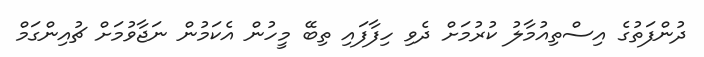
ދުންފަތުގެ އިސްތިއުމާލު ކުރުމަށް ދެވި ހިފާފައި ތިބޭ މީހުން އެކަމުން ނަޖާވުމަށް ޗުއިންގަމް